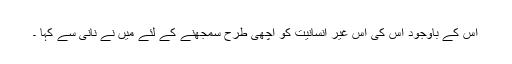
اس کے باوجود اُس کی اِس غیر انسانیت کو اچھی طرح سمجھنے کے لئے میں نے نانی سے کہا ۔